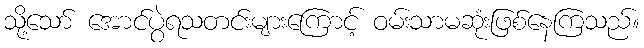
သို့သော် အောင်ပွဲရသတင်းများကြောင့် ဝမ်းသာမဆုံးဖြစ်နေကြသည်။